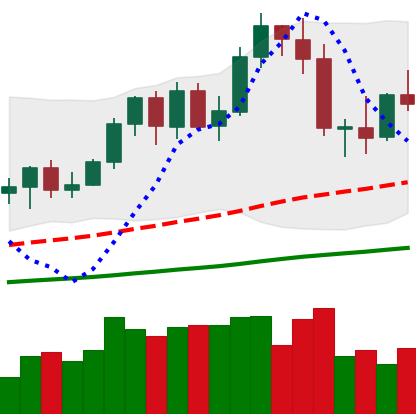
Ticker: NEO-USD
Chart end date: 2020-09-25
Forward return: -10.849%
Label: down_7plus